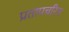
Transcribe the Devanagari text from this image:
प्रतापचरित्र